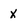
Character: x